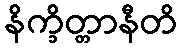
နိက္ခိတ္တာနီတိ